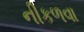
નીકળવા